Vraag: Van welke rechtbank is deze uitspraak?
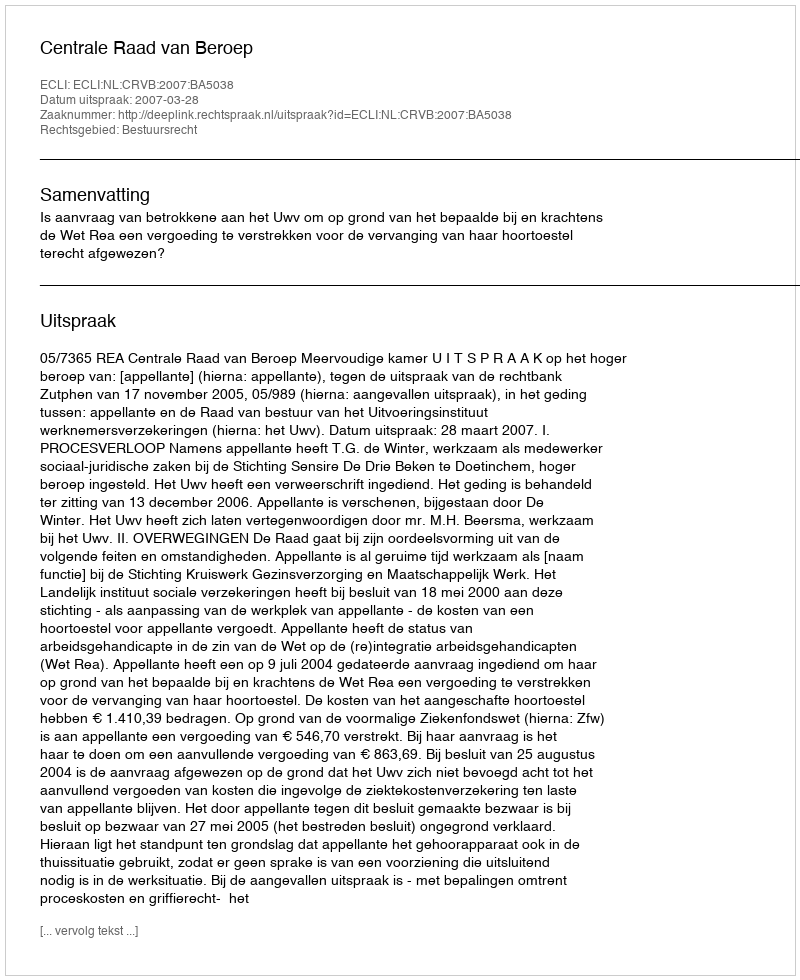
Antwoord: Centrale Raad van Beroep